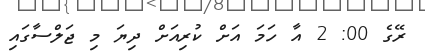
ރޭގެ 00: 2 އާ ހަމަ އަށް ކުރިއަށް ދިޔަ މި ޖަލްސާގައި